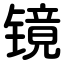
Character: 镜